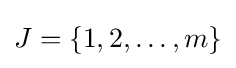
J=\{1,2,\ldots ,m\}